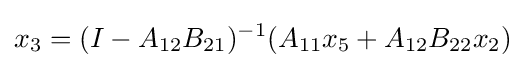
x_{3}=(I-A_{12}B_{21})^{-1}(A_{11}x_{5}+A_{12}B_{22}x_{2})